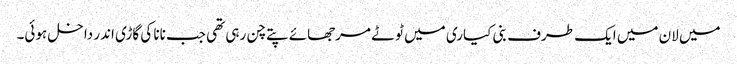
میں لان میں ایک طرف بنی کیاری میں ٹوٹے مرجھائے پتے چن رہی تھی جب نانا کی گاڑی اندر داخل ہوئی۔